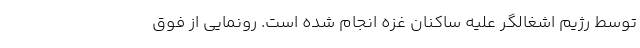
توسط رژیم اشغالگر علیه ساکنان غزه انجام شده است. رونمایی از فوق‌